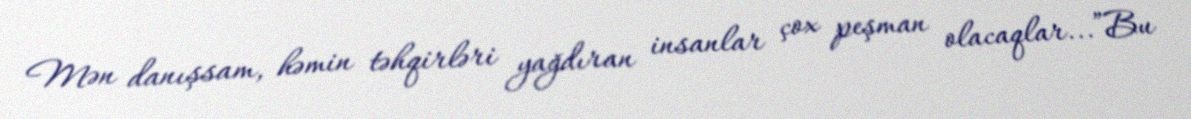
Mən danışsam, həmin təhqirləri yağdıran insanlar çox peşman olacaqlar...”Bu